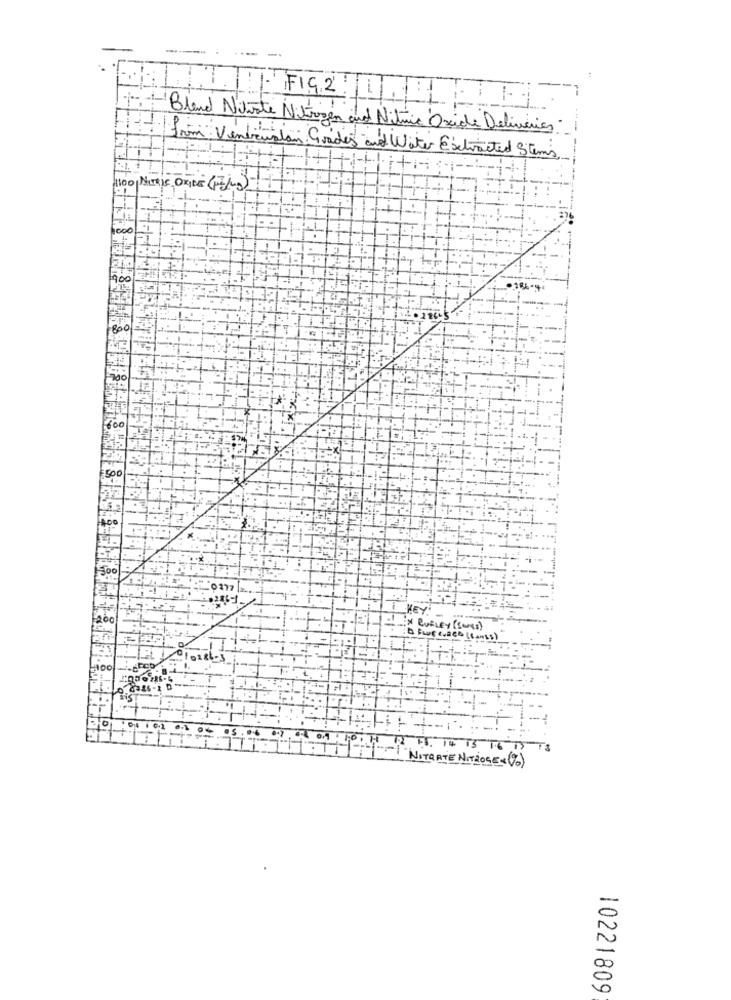
Blend Nitrate Nitrogen and Nitric Oxide Deliveries
frim Vendeualan Grades and Water Extracted Stems
1100 NITRIC OXIDE (17/4)
1000
T .
900
600
500
1377
500
.286-1
KEY
200
:X BURLEY (SWEs)
LL:
010286-3
NITRATE NITROGEN (0)
10221809